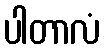
ပါတာလံ